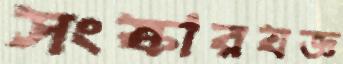
সংস্কারযজ্ঞ